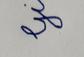
Signature authenticity: forged